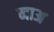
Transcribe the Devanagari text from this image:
नाअ